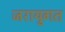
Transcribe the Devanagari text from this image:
जरायुगत